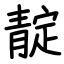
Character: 靛